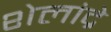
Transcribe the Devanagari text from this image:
शेलांद्रे